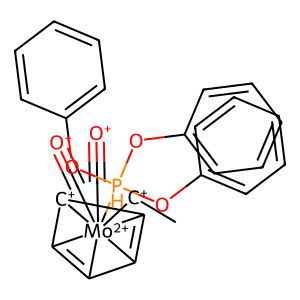
SMILES: C[CH+][Mo+2]1234(C#[O+])(C#[O+])([PH](Oc5ccccc5)(Oc5ccccc5)Oc5ccccc5)C5=C1[C+]2C3=C54
Inhibits HIV replication: No